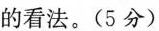
的看法。(5分)